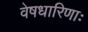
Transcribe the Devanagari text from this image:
वेषधारिणाः